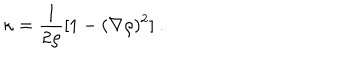
\kappa = \frac { 1 } { 2 \rho } [ 1 - ( \nabla \rho ) ^ { 2 } ] \ .